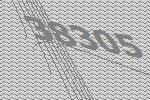
38305